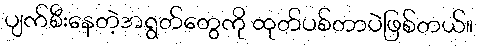
ပျက်စီးနေတဲ့အရွတ်တွေကို ထုတ်ပစ်တာပဲဖြစ်တယ်။